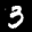
Label: 3